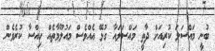
ބުނީ މައްސަލަ ކުރިއަށް ދާތީ މައްސަލައާ ގުޅޭ އެއްވެސް މައުލޫމާތެއް ހިއްސާ ކުރެވެން